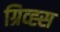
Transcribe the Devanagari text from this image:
ग्रिव्ह्स